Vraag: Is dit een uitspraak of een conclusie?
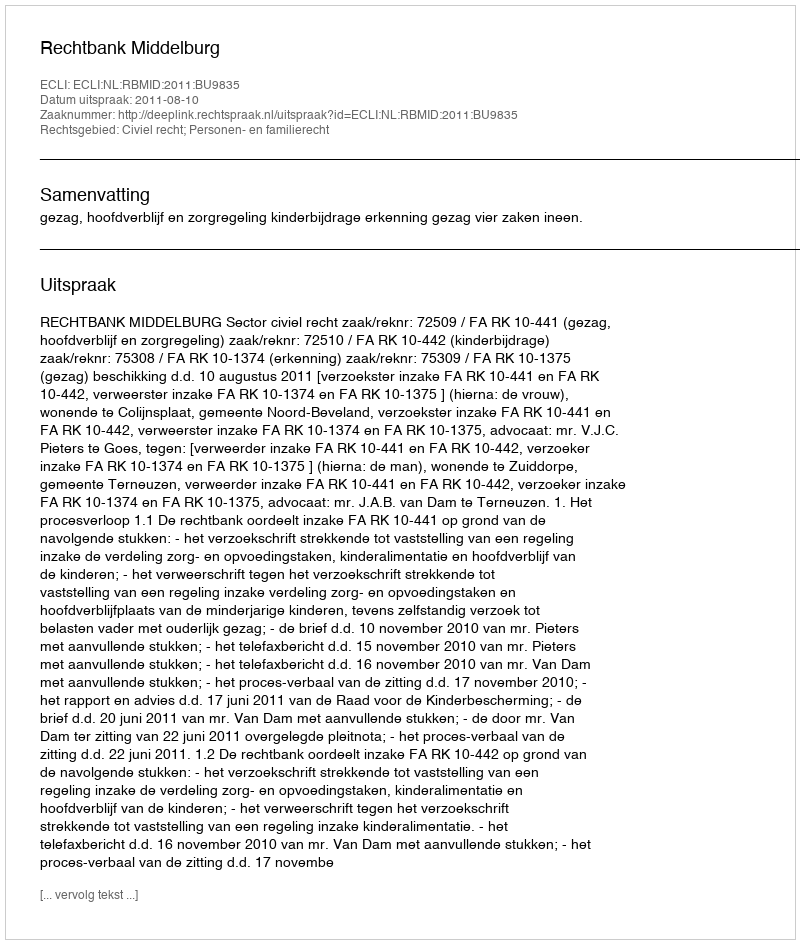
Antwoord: Uitspraak